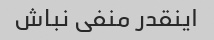
اینقدر منفی نباش